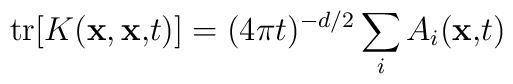
{\rm tr}[K({\bf x,x,}t)]=(4\pi t)^{-d/2}\sum_{i}A_{i}({\bf x,}t{\bf )}